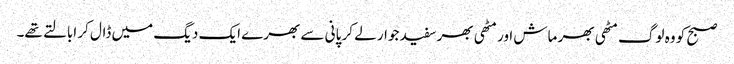
صبح کو وہ لوگ مٹھی بھر ماش اور مٹھی بھر سفید جوار لے کر پانی سے بھرے ایک دیگ میں ڈال کر ابالتے تھے۔